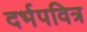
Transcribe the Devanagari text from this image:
दर्भपवित्र